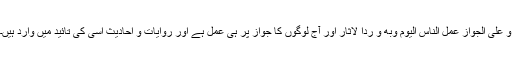
و علی الجواز عمل الناس اليوم وبه و ردا لاثار اور آج لوگوں کا جواز پر ہی عمل ہے اور روایات و احادیث اسی کی تائید میں وارد ہیں۔